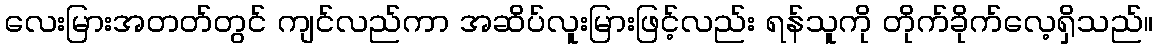
လေးမြားအတတ်တွင် ကျင်လည်ကာ အဆိပ်လူးမြားဖြင့်လည်း ရန်သူကို တိုက်ခိုက်လေ့ရှိသည်။